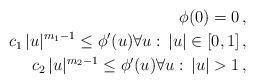
LaTeX: \begin{align*} \phi(0) = 0 \, , \\ c_1 \, |u|^{m_1-1} \le \phi^\prime(u) \forall u: \, |u| \in [0,1] \, , \\ c_2 \, |u|^{m_2-1} \le \phi^\prime(u) \forall u: \, |u|>1 \, , \end{align*}